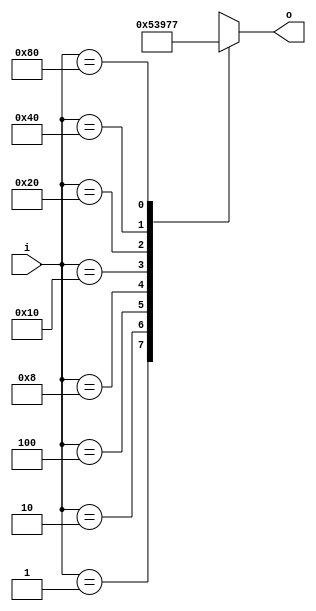
module encoder_8_3(o,i);
output reg [2:0]o;
input [7:0]i;
always@(*) 
case(i) 
8'h01 : o=3'b000; 
8'h02 : o=3'b001;
8'h04 : o=3'b010;
8'h08 : o=3'b011;
8'h10 : o=3'b100;
8'h20 : o=3'b101;
8'h40 : o=3'b110;
8'h80 : o=3'b111;
default : o=3'bxxx;
endcase 
endmodule